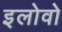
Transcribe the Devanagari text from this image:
इलोवो